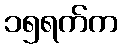
၁၅ရက်က